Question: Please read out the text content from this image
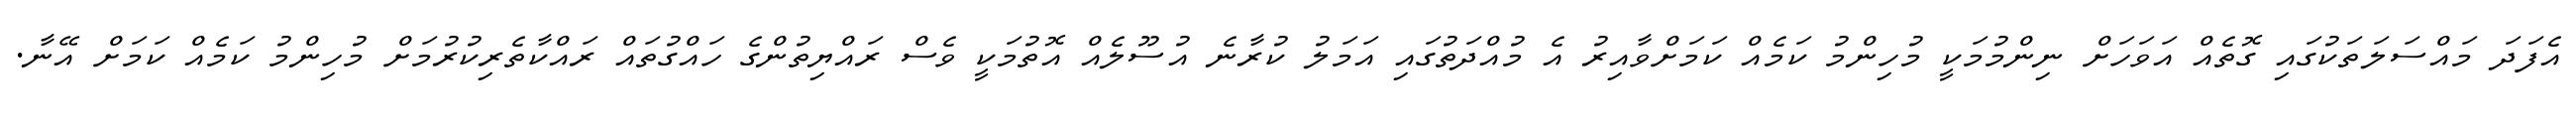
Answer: އެފަދަ މައްސަލަތަކުގައި ގޮތެއް އަވަހަށް ނިންމުމަކީ މުހިންމު ކަމެއް ކަމަށްވާއިރު އެ މުއްދަތުގައި އަމަލު ކުރާނެ އުސޫލެއް އޮތުމަކީ ވެސް ރައްޔިތުންގެ ހައްގުތައް ރައްކާތެރިކުރުމަށް މުހިންމު ކަމެއް ކަމަށް އޭނާ.